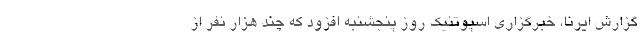
گزارش ایرنا، خبرگزاری اسپوتنیک روز پنجشنبه افزود که چند هزار نفر از